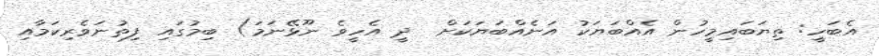
އެބަހީ: ތިޔަބައިމީހުން އެއްބަޔަކު އަނެއްބަޔަކަށް  ދީ އެހީވެ ނޫޅޭނަމަ) ބިމުގައި ފިތުނަވެރިކަމާއި